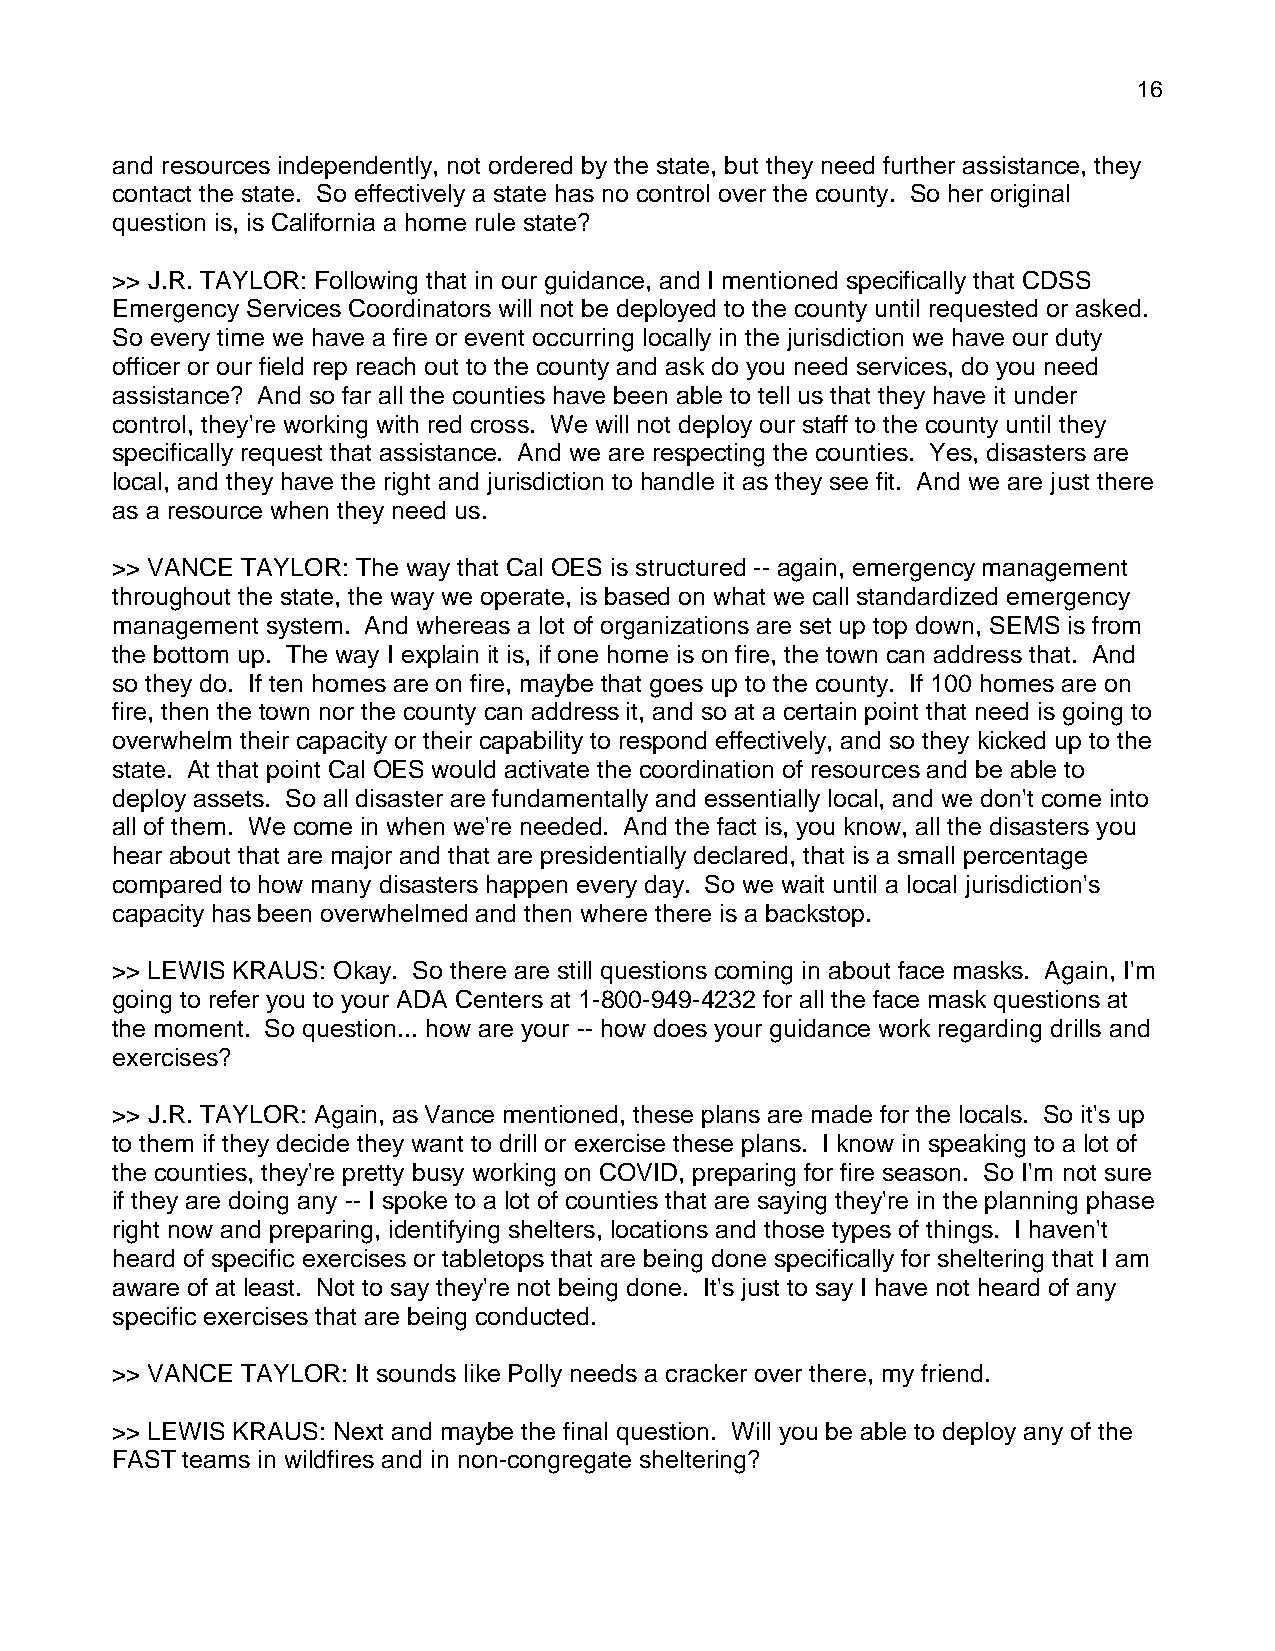
16
 and resources independently, not ordered by the state, but they need further assistance, they
 contact the state. So effectively a state has no control over the county. So her original
 question is, is California a home rule state?
 >> J.R. TAYLOR: Following that in our guidance, and I mentioned specifically that CDSS
 Emergency Services Coordinators will not be deployed to the county until requested or asked.
 So every time we have a fire or event occurring locally in the jurisdiction we have our duty
 officer or our field rep reach out to the county and ask do you need services, do you need
 assistance? And so far all the counties have been able to tell us that they have it under
 control, they're working with red cross. We will not deploy our staff to the county until they
 specifically request that assistance. And we are respecting the counties. Yes, disasters are
 local, and they have the right and jurisdiction to handle it as they see fit. And we are just there
 as a resource when they need us.
 >> VANCE TAYLOR: The way that Cal OES is structured -- again, emergency management
 throughout the state, the way we operate, is based on what we call standardized emergency
 management system. And whereas a lot of organizations are set up top down, SEMS is from
 the bottom up. The way I explain it is, if one home is on fire, the town can address that. And
 so they do. If ten homes are on fire, maybe that goes up to the county. If 100 homes are on
 fire, then the town nor the county can address it, and so at a certain point that need is going to
 overwhelm their capacity or their capability to respond effectively, and so they kicked up to the
 state. At that point Cal OES would activate the coordination of resources and be able to
 deploy assets. So all disaster are fundamentally and essentially local, and we don't come into
 all of them. We come in when we're needed. And the fact is, you know, all the disasters you
 hear about that are major and that are presidentially declared, that is a small percentage
 compared to how many disasters happen every day. So we wait until a local jurisdiction's
 capacity has been overwhelmed and then where there is a backstop.
 >> LEWIS KRAUS: Okay. So there are still questions coming in about face masks. Again, I'm
 going to refer you to your ADA Centers at 1-800-949-4232 for all the face mask questions at
 the moment. So question... how are your -- how does your guidance work regarding drills and
 exercises?
 >> J.R. TAYLOR: Again, as Vance mentioned, these plans are made for the locals. So it's up
 to them if they decide they want to drill or exercise these plans. I know in speaking to a lot of
 the counties, they're pretty busy working on COVID, preparing for fire season. So I'm not sure
 if they are doing any -- I spoke to a lot of counties that are saying they're in the planning phase
 right now and preparing, identifying shelters, locations and those types of things. I haven't
 heard of specific exercises or tabletops that are being done specifically for sheltering that I am
 aware of at least. Not to say they're not being done. It's just to say I have not heard of any
 specific exercises that are being conducted.
 >> VANCE TAYLOR: It sounds like Polly needs a cracker over there, my friend.
 >> LEWIS KRAUS: Next and maybe the final question. Will you be able to deploy any of the
 FAST teams in wildfires and in non-congregate sheltering?